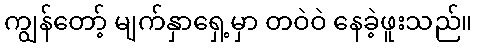
ကျွန်တော့် မျက်နှာရှေ့မှာ တဝဲဝဲ နေခဲ့ဖူးသည်။